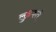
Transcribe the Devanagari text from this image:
लुढकते